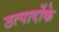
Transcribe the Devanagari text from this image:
उत्पादोंके